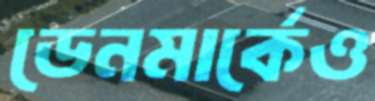
ডেনমার্কেও